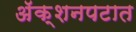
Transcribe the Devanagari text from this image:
अॅक्शनपटात